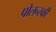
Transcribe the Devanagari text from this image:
पोलन्स्की